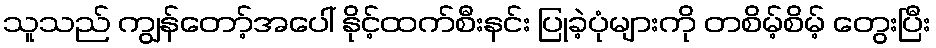
သူသည် ကျွန်တော့်အပေါ် နိုင့်ထက်စီးနင်း ပြုခဲ့ပုံများကို တစိမ့်စိမ့် တွေးပြီး